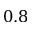
0 . 8